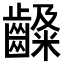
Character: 𪙙